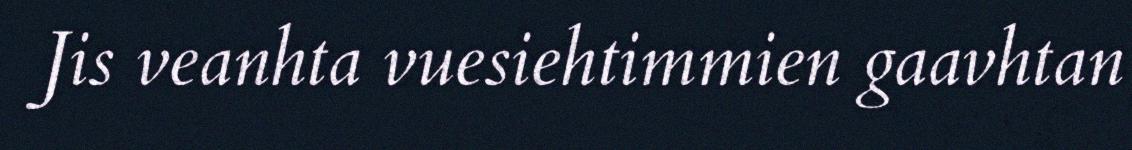
Jis veanhta vuesiehtimmien gaavhtan